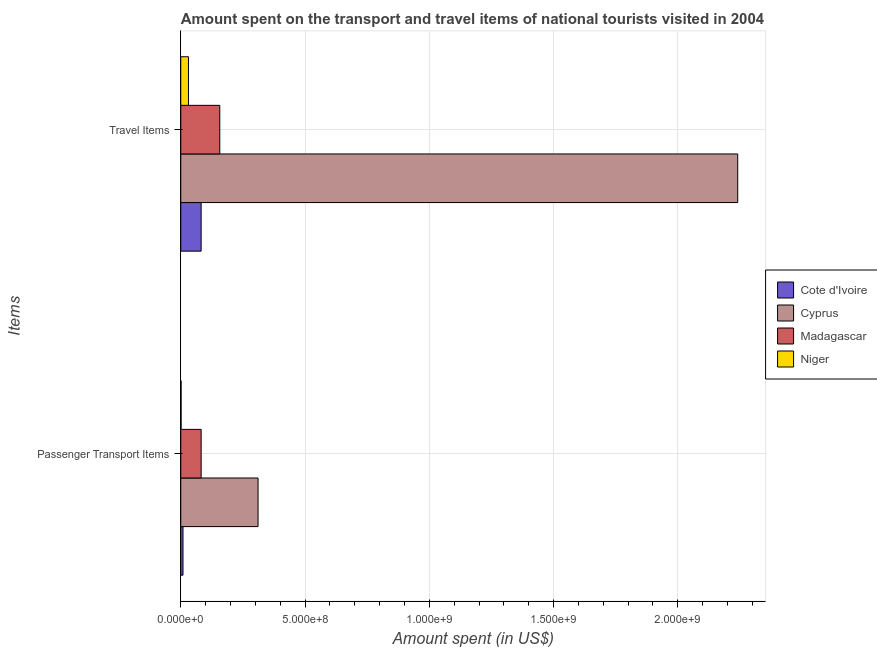
| Items | Cote d'Ivoire | Cyprus | Madagascar | Niger |
 | --- | --- | --- | --- | --- |
 | Passenger Transport Items | 9e+06 | 3.11e+08 | 8.2e+07 | 1.3e+06 |
 | Travel Items | 8.2e+07 | 2.24e+09 | 1.57e+08 | 3.1e+07 |